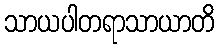
သာယပါတရာသာယာတိ